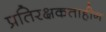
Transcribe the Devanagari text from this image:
प्रतिरक्षकताहीन